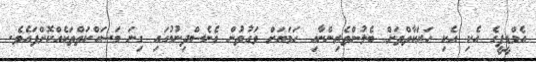
އެމްޑީޕީގެ އެކި އެކި ހަރަކާތްތަށް ބެލުންތެރިންނާއި ހަމަޔަށް ވަގުތުން ގެނެސްދިނުމުގައި ގިނަ މަސައްކަތްތަކެއްކޮށްފައެވެ.